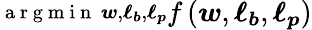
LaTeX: \substack{\mathrm{~a~r~g~m~i~n~}\, \boldsymbol{w},\boldsymbol{\ell_{b}},\boldsymbol{\ell_{p}}}f\left(\boldsymbol{w},\boldsymbol{\ell_{b}},\boldsymbol{\ell_{p}}\right)